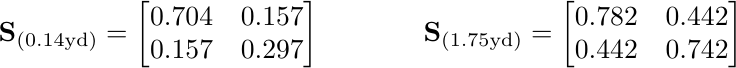
\begin{align*}
  \mathbf{S}_{(0.14\textrm{yd})} &= \begin{bmatrix} 0.704 & 0.157 \\ 0.157 & 0.297 \end{bmatrix} &
  \mathbf{S}_{(1.75\textrm{yd})} &= \begin{bmatrix} 0.782 & 0.442 \\ 0.442 & 0.742 \end{bmatrix}
\end{align*}